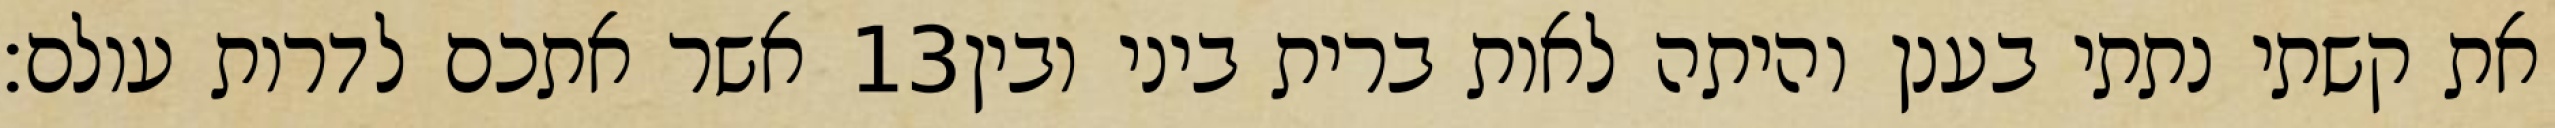
אשר אתכם לדרות עולם׃ ‎13‏ את קשתי נתתי בענן והיתה לאות ברית ביני ובין